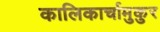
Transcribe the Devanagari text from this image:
कालिकार्चामुकुर